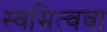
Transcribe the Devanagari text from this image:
स्वमित्ववा